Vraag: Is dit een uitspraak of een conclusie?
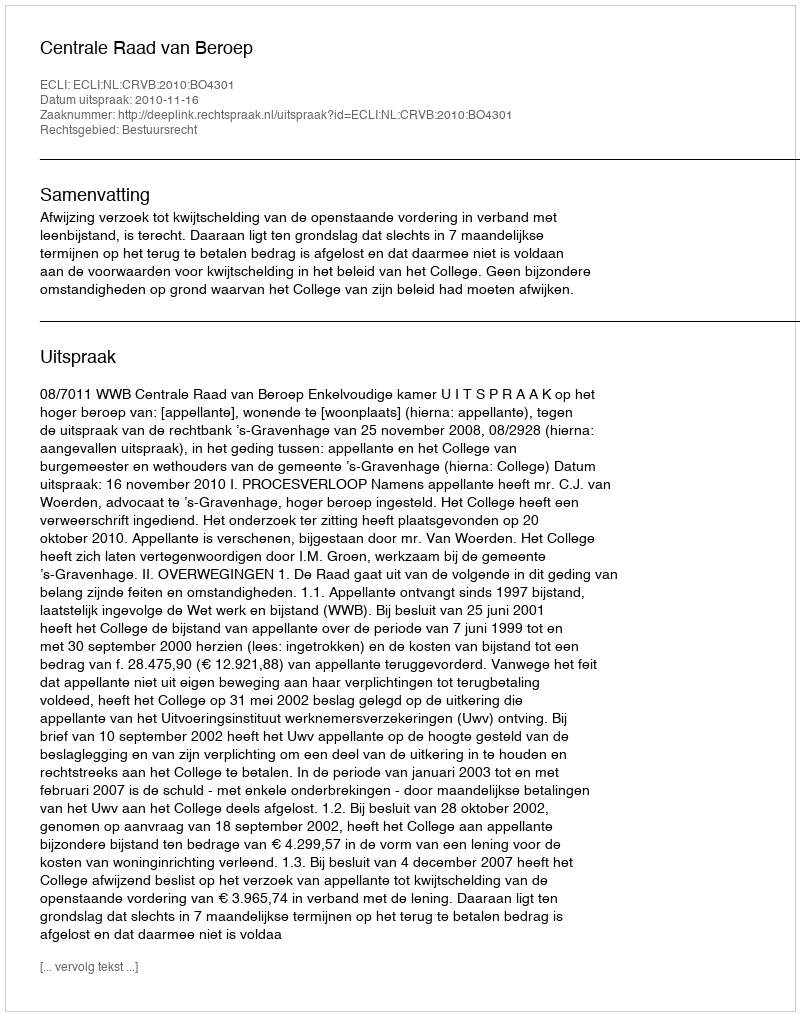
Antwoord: Uitspraak